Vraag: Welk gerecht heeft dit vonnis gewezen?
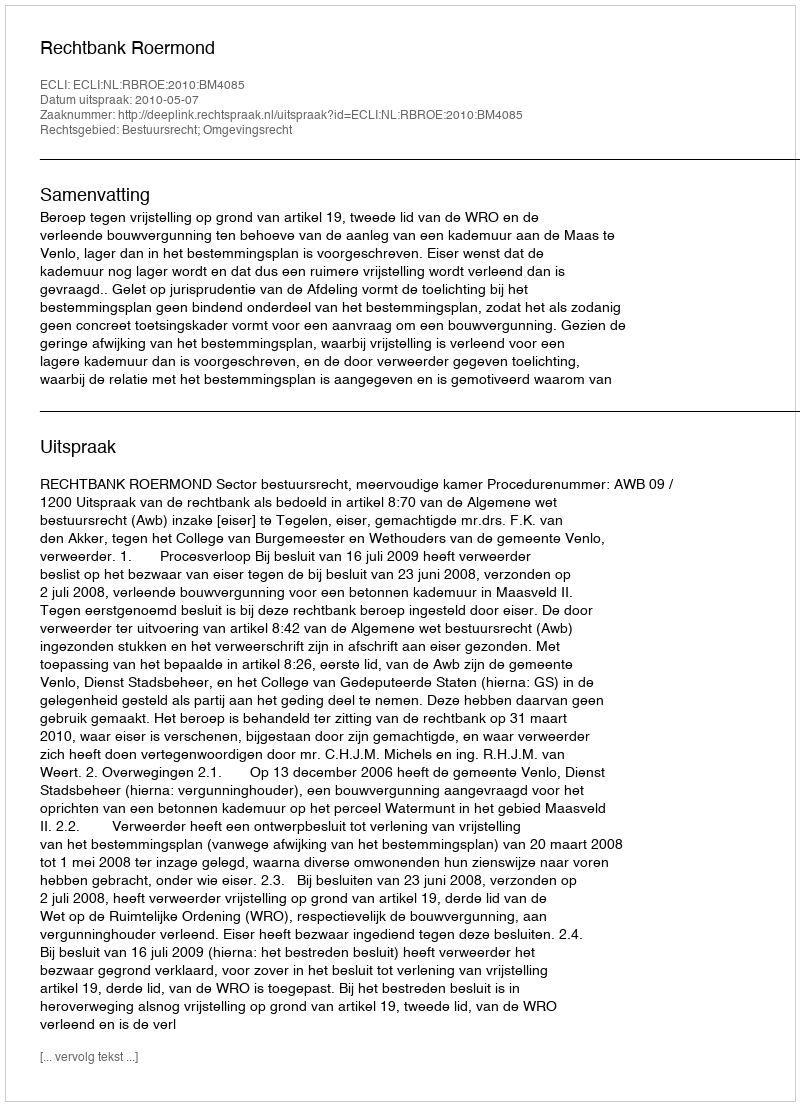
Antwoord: Rechtbank Roermond